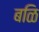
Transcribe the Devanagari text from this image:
बळि